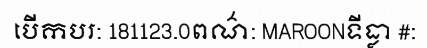
បើកបរ: 181123.0ពណ៌: MAROONទីធ្លា #: